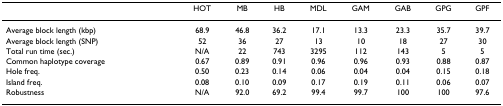
|  | HOT | MB | HB | MDL | GAM | GAB | GPG | GPF |
 | --- | --- | --- | --- | --- | --- | --- | --- | --- |
 | Average block length (kbp) | 68.9 | 46.8 | 36.2 | 17.1 | 13.3 | 23.3 | 35.7 | 39.7 |
 | Average block length (SNP) | 52 | 36 | 27 | 13 | 10 | 18 | 27 | 30 |
 | Total run time (sec.) | N/A | 22 | 743 | 3295 | 112 | 143 | 5 | 5 |
 | Common haplotype coverage | 0.67 | 0.89 | 0.91 | 0.96 | 0.96 | 0.93 | 0.88 | 0.87 |
 | Hole freq. | 0.50 | 0.23 | 0.14 | 0.06 | 0.04 | 0.04 | 0.15 | 0.18 |
 | Island freq. | 0.08 | 0.10 | 0.09 | 0.17 | 0.19 | 0.11 | 0.06 | 0.07 |
 | Robustness | N/A | 92.0 | 69.2 | 99.4 | 99.7 | 100 | 100 | 97.6 |